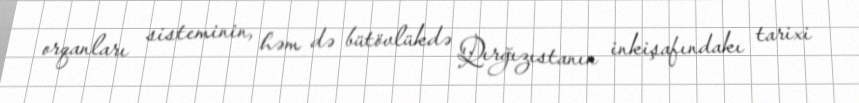
orqanları sisteminin, həm də bütövlükdə Qırğızıstanın inkişafındakı tarixi